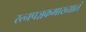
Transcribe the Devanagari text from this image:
रत्‍नपञ्चकमाख्यातं